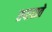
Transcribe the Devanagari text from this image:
तपासते